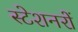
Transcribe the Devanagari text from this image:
स्टेशनरों